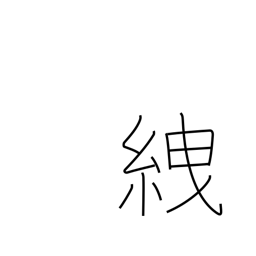
Meaning: tie